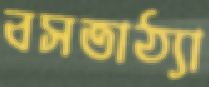
বসতাঠ্যা